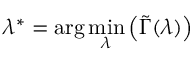
\lambda ^ { * } = \arg \operatorname* { m i n } _ { \lambda } \left( \tilde { \Gamma } ( \lambda ) \right)